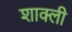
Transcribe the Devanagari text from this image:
शाक्ली